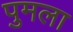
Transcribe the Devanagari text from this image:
पुमला